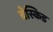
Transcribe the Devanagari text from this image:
बेस्किड